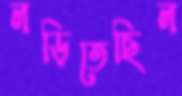
লড়িতেছিল